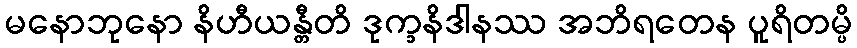
မနောဘုနော နိဟီယန္တီတိ ဒုက္ခနိဒါနဿ အဘိရတေန ပူရိတမ္ပိ